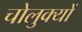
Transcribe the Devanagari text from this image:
चोलुक्यों